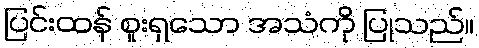
ပြင်းထန် စူးရှသော အသံကို ပြုသည်။